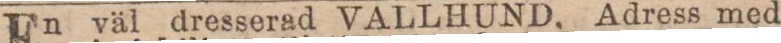
En väl dresserad VALLHUND, Adress med